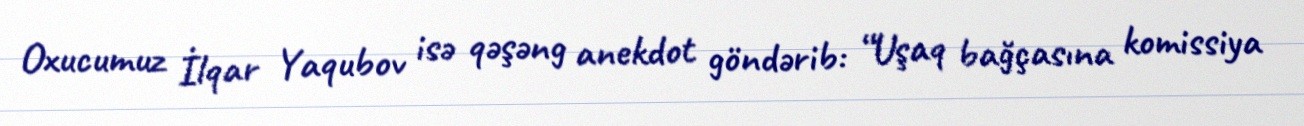
Oxucumuz İlqar Yaqubov isə qəşəng anekdot göndərib: “Uşaq bağçasına komissiya